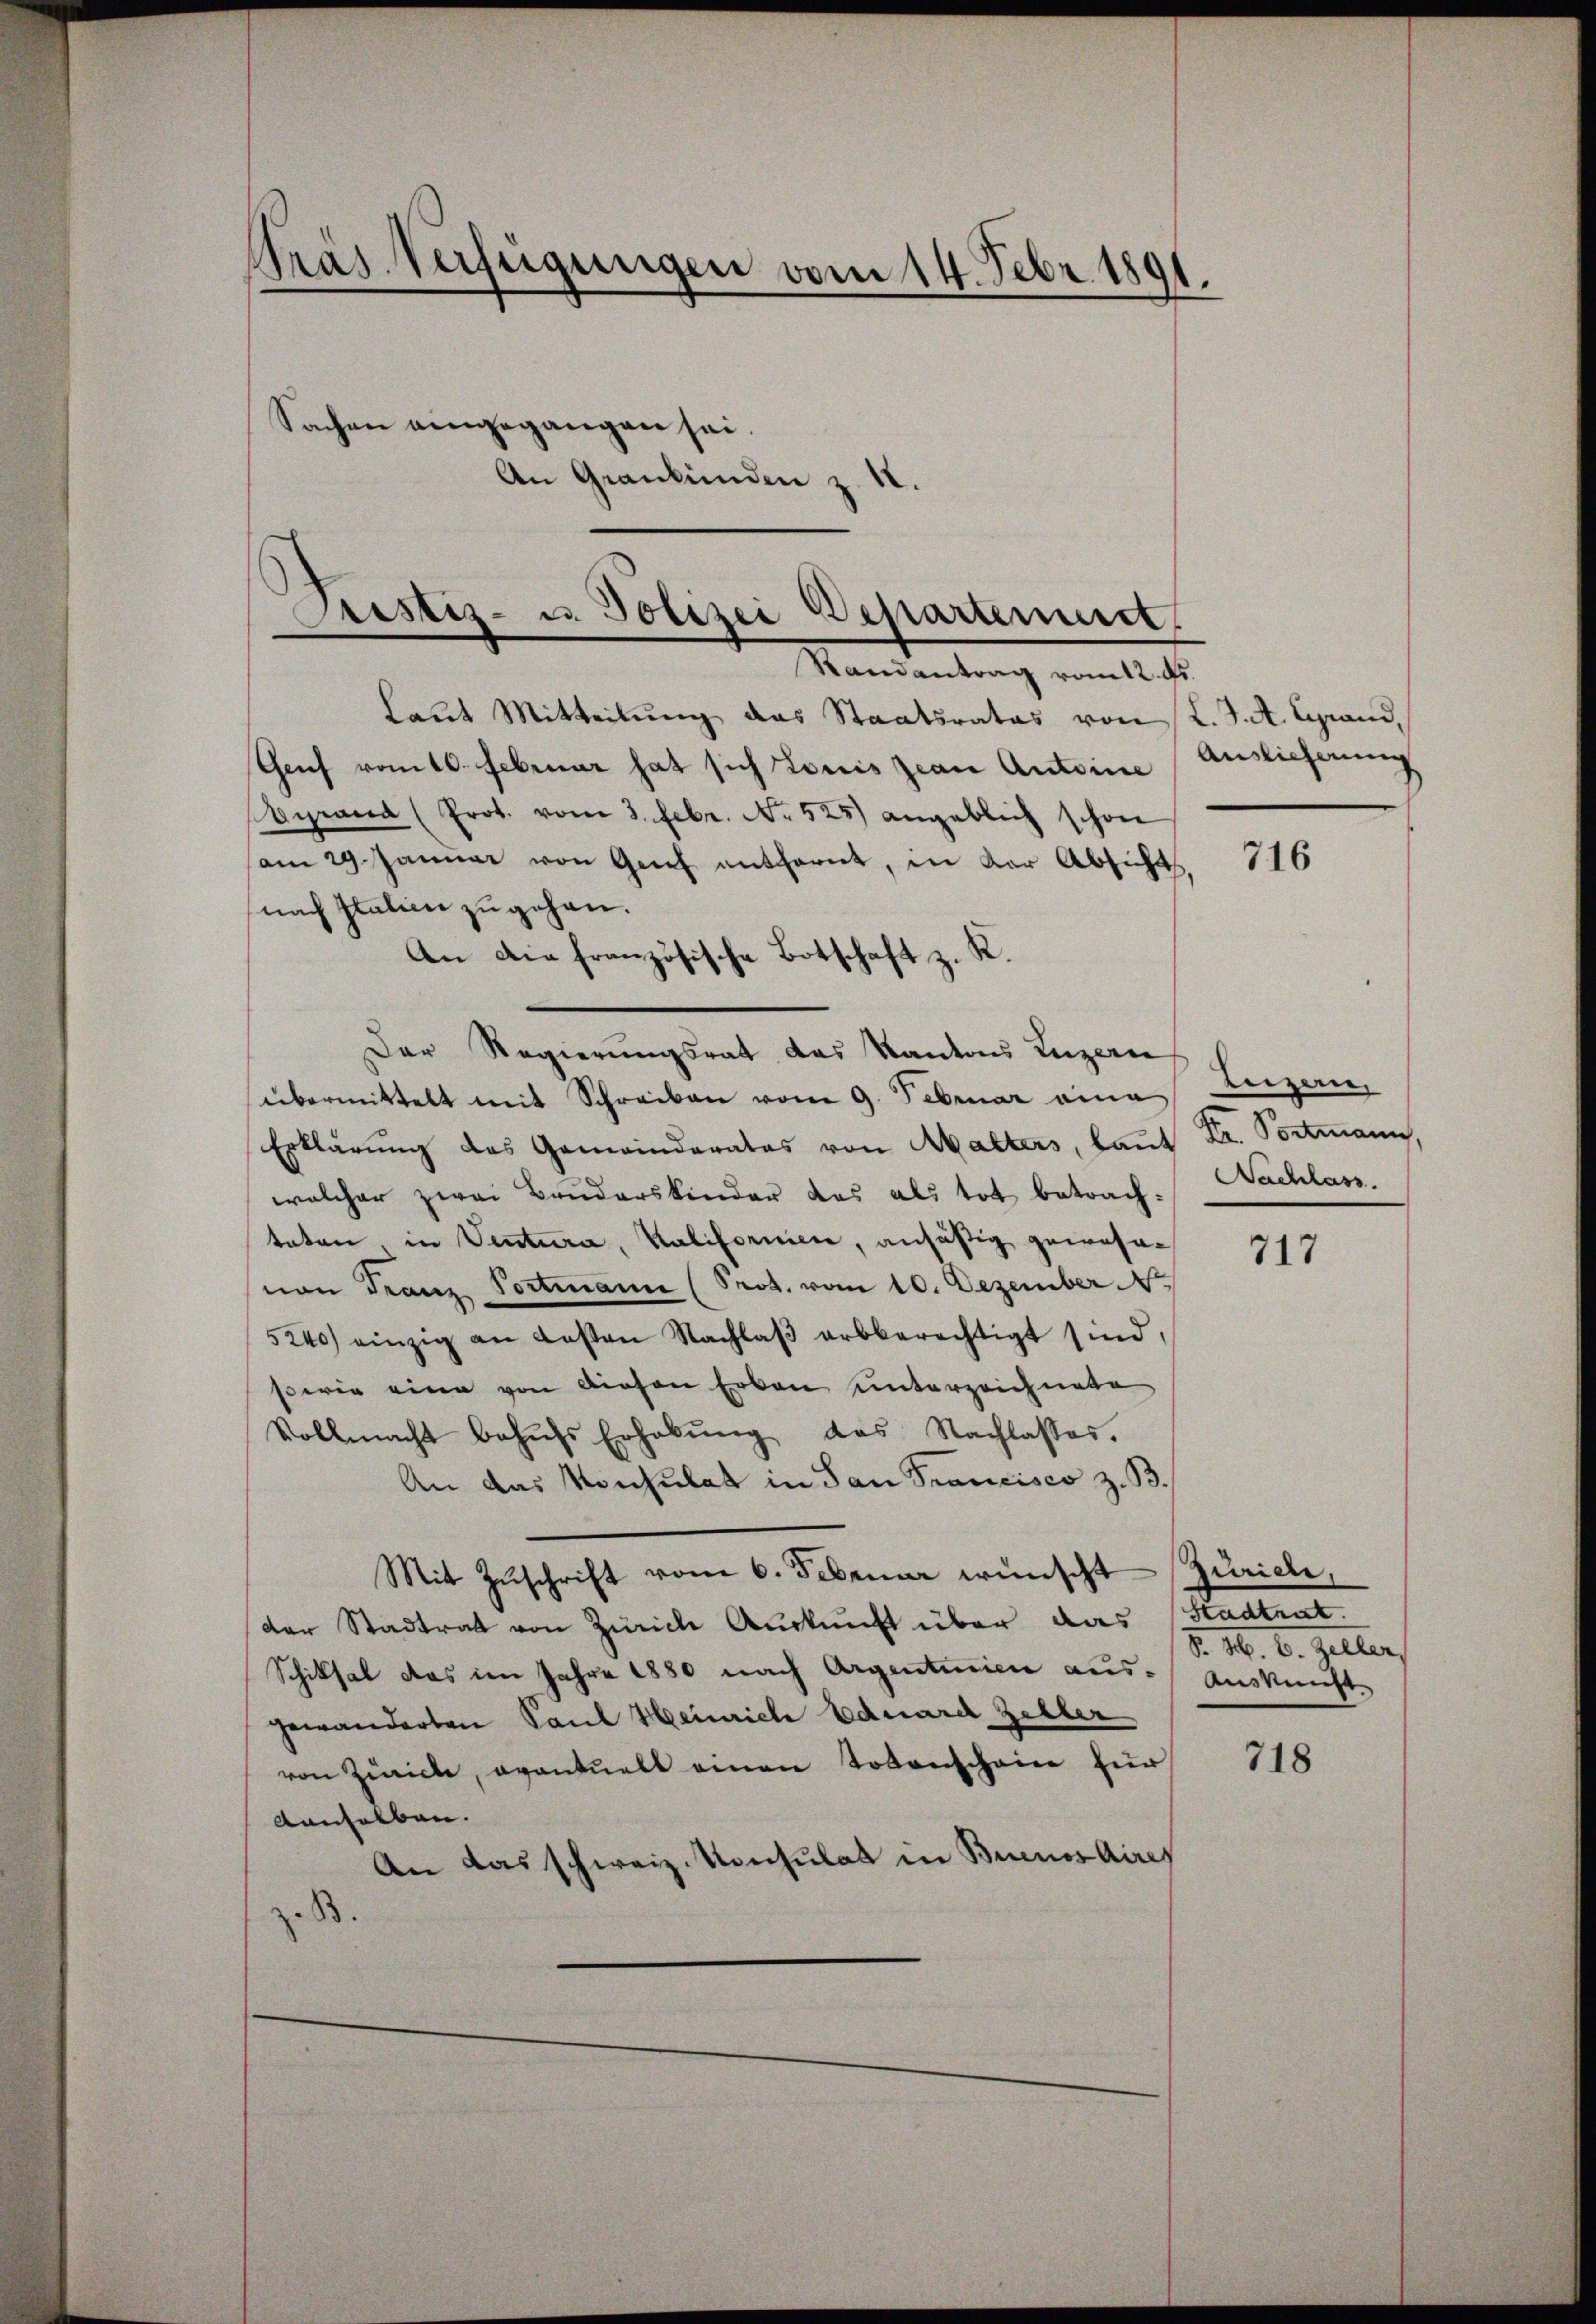
.
Pras. Verfügungen vom 14. Febr. 180

Pristiz- u. Polizei Departement
—
Randantrag vom 12. ds.

Laut Mitteilung das Staatsrates von L. J. A. Grand,
Genf vom 10. Februar hat sich Louis Jean Antoine
yrand (Prot. vom 3. Febr. No 525) angeblich schon
am 29. Januar von Genf entfernt, in der Absicht
nach Italien zugehen.
An die französische Botschaft z. K.
Der Regierungsrat das Kantons Luzern
übermittelt mit Schreiben vom 9. Februar eine
Erklärung des Gemeinderates von Malters, laut Dr. Portmann,
welcher zwei Bruderskinder das als tot betrachteten, in Ventura, Kalifornien, ansäßig gewohnvon Franz Portmann (Seot. vom 10. Dezember N
5240 einzig an Kosten Nachlaβ arbberechtigt sind,
serie eine von diesen Erbau unterzeichnete
Vollmacht behŭfs Erhebŭng das Nachlasses.
An das Konsulat in San Francisco z. B.
Mit Zŭschrift vom 6. Februar wünscht Zürich,
der Stadtrat von Zürich Auskunft über das Stadtrat.
Schiksal das im Jahre 1880 nach Argenturien aus- Auskunft-
gewänderten Paul Heinrich Eduard Zeller
von Zwicke, eventuell einen Totenschein für
vanselben.
An das schweiz. Konsulat in Buenos Aires
.B.

Sachen eingegangen sei.
An Graubünden z. 18.

Auslicherung

716

Luzern,
Nachlass

717

§. 16. v. Gelter

718